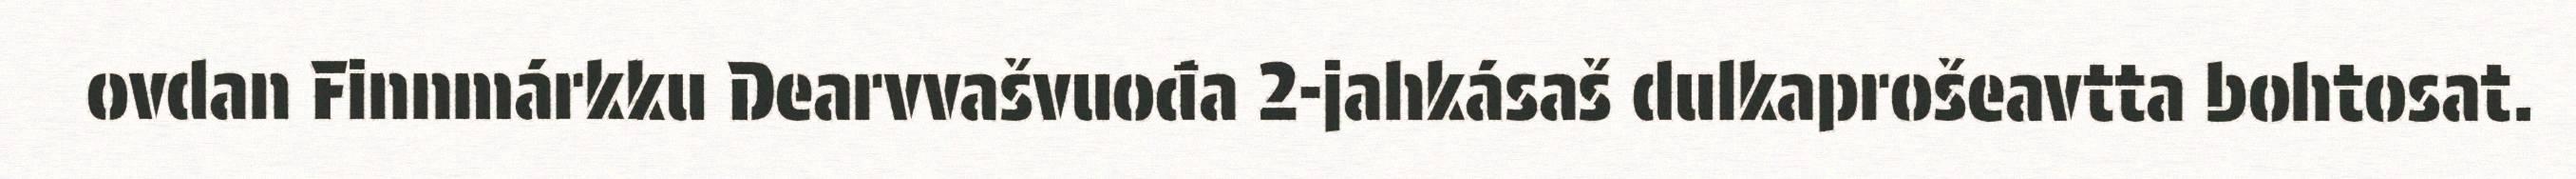
ovdan Finnmárkku Dearvvašvuođa 2-jahkásaš dulkaprošeavtta bohtosat.